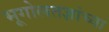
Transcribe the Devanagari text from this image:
भूगोलतज्ञांच्या